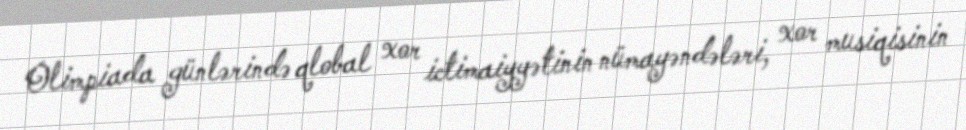
Olimpiada günlərində qlobal xor ictimaiyyətinin nümayəndələri, xor musiqisinin